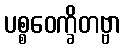
ပစ္စဝေက္ခိတဗ္ဗာ